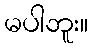
မပါဘူး။